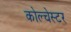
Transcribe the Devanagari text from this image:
कोल्चेस्टर